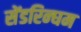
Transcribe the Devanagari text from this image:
सेंडरिन्घम